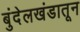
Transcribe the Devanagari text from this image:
बुंदेलखंडातून